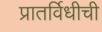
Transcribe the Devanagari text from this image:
प्रातर्विधीची